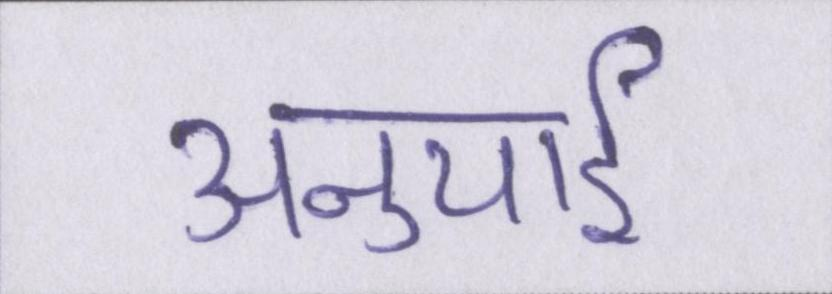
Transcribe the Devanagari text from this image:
अनुयाई